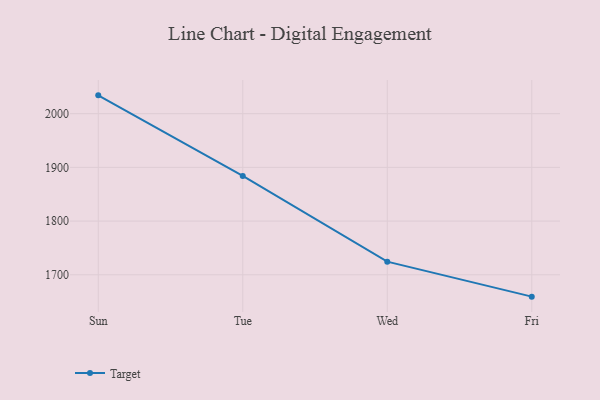
{"axis": {"x": "Day", "y": "Inventory Turnover"}, "legend": ["Target"], "data": [{"x": "Sun", "y": 2034.1, "type": "Target"}, {"x": "Tue", "y": 1884.0, "type": "Target"}, {"x": "Wed", "y": 1724.5, "type": "Target"}, {"x": "Fri", "y": 1659.3, "type": "Target"}]}